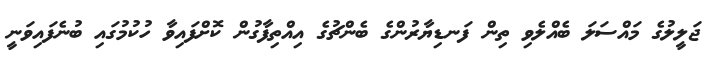
ޖަލީލުގެ މައްސަލަ ބެއްލެވި ތިން ފަނޑިޔާރުންގެ ބެންޗުގެ އިއްތިފާގުން ކޮށްފައިވާ ހުކުމުގައި ބުނެފައިވަނީ